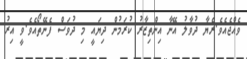
ވެއްޖެއެވެ.ރެޔާ ދުވާލު އޭނާ އިންތިޒާރު ކުރަމުން ދިޔައީ މި ދުވަސް ފެނޭތޯއެވެ.ވީ އިރު